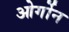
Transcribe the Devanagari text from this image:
ओर्गोन